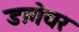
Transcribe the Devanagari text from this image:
डागेयर